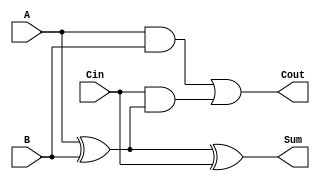
module low_power_full_adder (
    input wire A,      // First input bit
    input wire B,      // Second input bit
    input wire Cin,    // Carry input bit
    output wire Sum,   // Output sum bit
    output wire Cout   // Carry output bit
);

// Internal wires for intermediate signals
wire AxorB;         // Intermediate signal for A XOR B

// Sum calculation using XOR gates
assign AxorB = A ^ B;   // A XOR B
assign Sum = AxorB ^ Cin; // Sum = (A XOR B) XOR Cin

// Carry output calculation
assign Cout = (A & B) | (Cin & AxorB); // Cout = (A AND B) OR (Cin AND (A XOR B))

endmodule